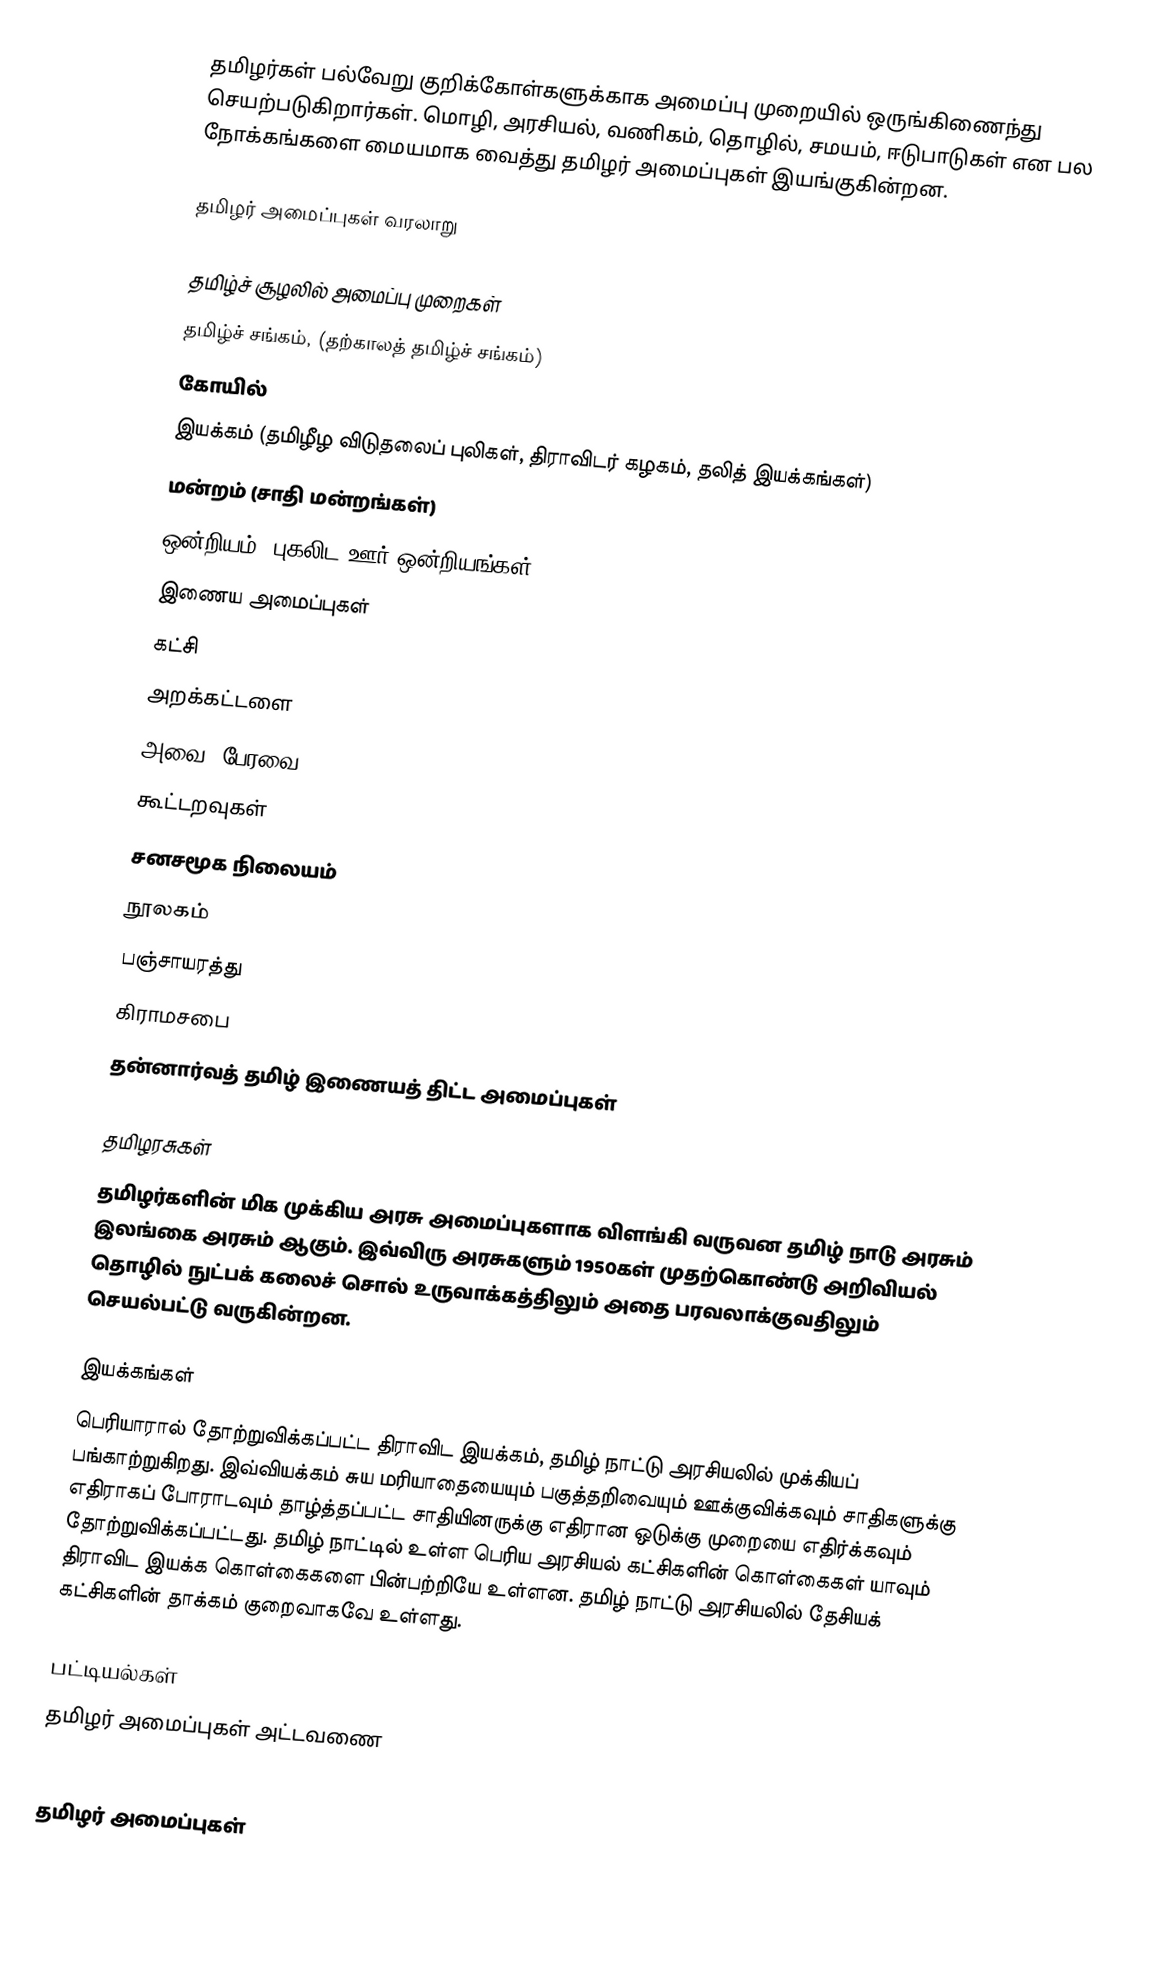
தமிழர்கள் பல்வேறு குறிக்கோள்களுக்காக அமைப்பு முறையில் ஒருங்கிணைந்து செயற்படுகிறார்கள்.  மொழி, அரசியல், வணிகம், தொழில், சமயம், ஈடுபாடுகள் என பல நோக்கங்களை மையமாக வைத்து தமிழர் அமைப்புகள் இயங்குகின்றன.

தமிழர் அமைப்புகள் வரலாறு

தமிழ்ச் சூழலில் அமைப்பு முறைகள்
 தமிழ்ச் சங்கம்,  (தற்காலத் தமிழ்ச் சங்கம்)
 கோயில்
 இயக்கம் (தமிழீழ விடுதலைப் புலிகள், திராவிடர் கழகம், தலித் இயக்கங்கள்)
 மன்றம் (சாதி மன்றங்கள்)
 ஒன்றியம் (புகலிட ஊர் ஒன்றியங்கள்)
 இணைய அமைப்புகள்
 கட்சி
 அறக்கட்டளை
 அவை, பேரவை
 கூட்டறவுகள்
 சனசமூக நிலையம்
 நூலகம்
 பஞ்சாயரத்து
 கிராமசபை
 தன்னார்வத் தமிழ் இணையத் திட்ட அமைப்புகள்

தமிழரசுகள்
தமிழர்களின் மிக முக்கிய அரசு அமைப்புகளாக விளங்கி வருவன தமிழ் நாடு அரசும் இலங்கை அரசும் ஆகும். இவ்விரு அரசுகளும் 1950கள் முதற்கொண்டு அறிவியல் தொழில் நுட்பக் கலைச் சொல் உருவாக்கத்திலும் அதை பரவலாக்குவதிலும் செயல்பட்டு வருகின்றன.

இயக்கங்கள்
பெரியாரால் தோற்றுவிக்கப்பட்ட திராவிட இயக்கம், தமிழ் நாட்டு அரசியலில் முக்கியப் பங்காற்றுகிறது. இவ்வியக்கம் சுய மரியாதையையும் பகுத்தறிவையும் ஊக்குவிக்கவும் சாதிகளுக்கு எதிராகப் போராடவும் தாழ்த்தப்பட்ட சாதியினருக்கு எதிரான ஒடுக்கு முறையை எதிர்க்கவும் தோற்றுவிக்கப்பட்டது. தமிழ் நாட்டில் உள்ள பெரிய அரசியல் கட்சிகளின் கொள்கைகள் யாவும் திராவிட இயக்க கொள்கைகளை பின்பற்றியே உள்ளன. தமிழ் நாட்டு அரசியலில் தேசியக் கட்சிகளின் தாக்கம் குறைவாகவே உள்ளது.

பட்டியல்கள்
 தமிழர் அமைப்புகள் அட்டவணை

தமிழர் அமைப்புகள்